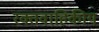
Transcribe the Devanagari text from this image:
रक्तवाहिकीय